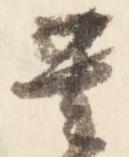
其